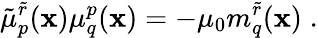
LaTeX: \tilde{\mu}_{p}^{\tilde{r}}({\mathbf x})\mu_{q}^{p}({\mathbf x})=-\mu_{0}m_{q}^{\tilde{r}}({\mathbf x})\; .